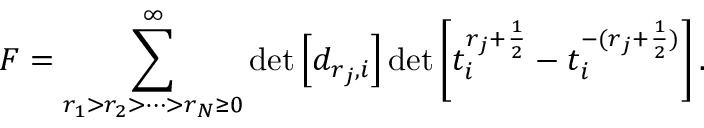
{ \cal F } = \sum _ { r _ { 1 } > r _ { 2 } > \cdots > r _ { N } \geq 0 } ^ { \infty } \operatorname * { d e t } \left[ d _ { r _ { j } , i } \right] \operatorname * { d e t } \left[ t _ { i } ^ { r _ { j } + \frac { 1 } { 2 } } - t _ { i } ^ { - ( r _ { j } + \frac { 1 } { 2 } ) } \right] .